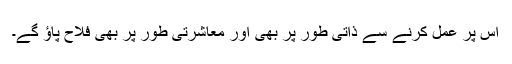
اس پر عمل کرنے سے ذاتی طور پر بھی اور معاشرتی طور پر بھی فلاح پاؤ گے۔